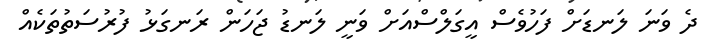
ދެ ވަނަ ލަނޑަށް ފަހުވެސް އީގަލްސްއަށް ވަނީ ލަނޑު ޖަހަން ރަަނގަޅު ފުރުސަތުތަކެއް